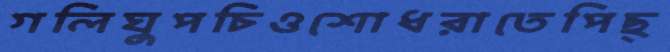
গলিঘুপচিওশোধরাতেপিছ্